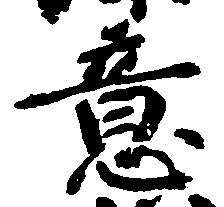
意